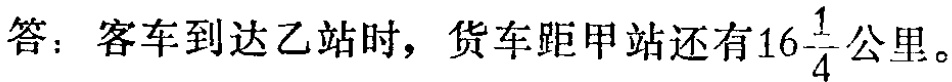
答：客车到达乙站时，货车距甲站还有\(16\frac{1}{4}\)公里。